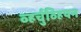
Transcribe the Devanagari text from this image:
व्हर्चुव्हियन